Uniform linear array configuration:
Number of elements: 48
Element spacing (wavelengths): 0.5
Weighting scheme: cosine
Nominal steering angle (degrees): -15
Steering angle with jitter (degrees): -15.695
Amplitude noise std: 0.05
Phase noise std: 0.05

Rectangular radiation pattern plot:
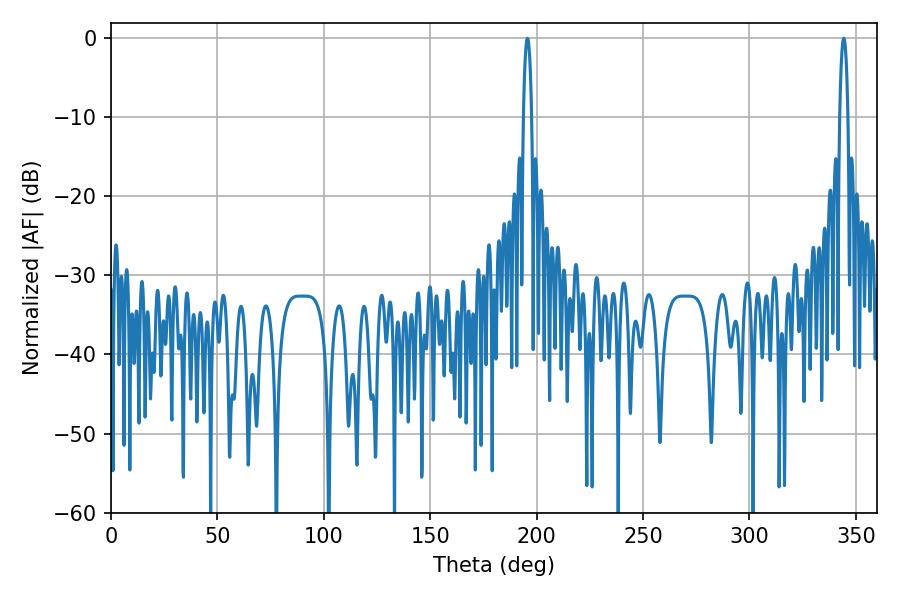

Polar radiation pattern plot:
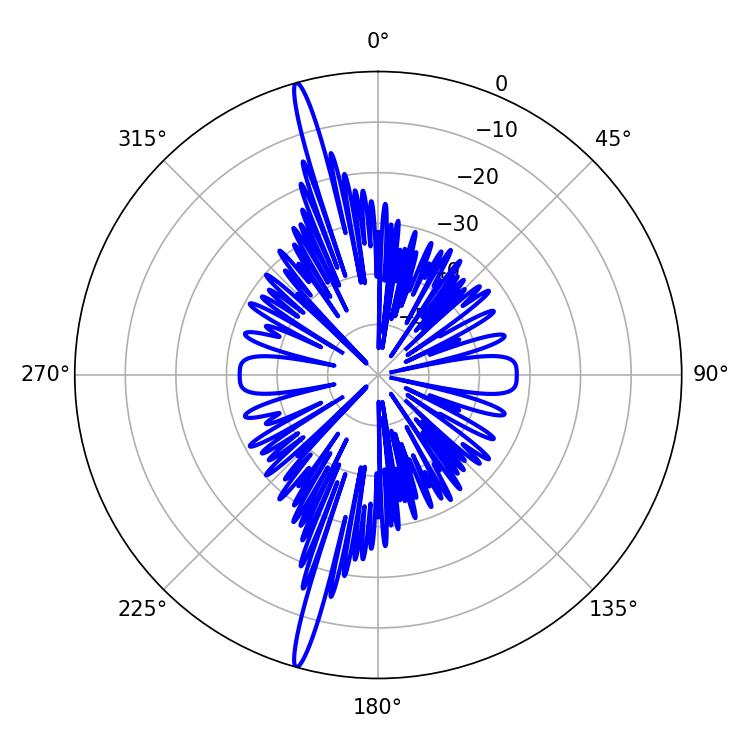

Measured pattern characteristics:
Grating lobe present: FALSE
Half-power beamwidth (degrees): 2.16
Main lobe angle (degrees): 195.66